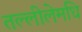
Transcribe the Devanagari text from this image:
तल्लीलेमधि